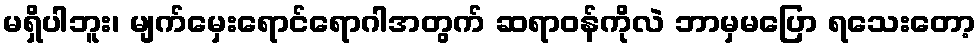
မရှိပါဘူး၊ မျက်မှေးရောင်ရောဂါအတွက် ဆရာဝန်ကိုလဲ ဘာမှမပြော ရသေးတော့